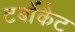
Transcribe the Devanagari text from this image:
टर्बोकैट